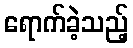
ရောက်ခဲ့သည့်